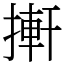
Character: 搟